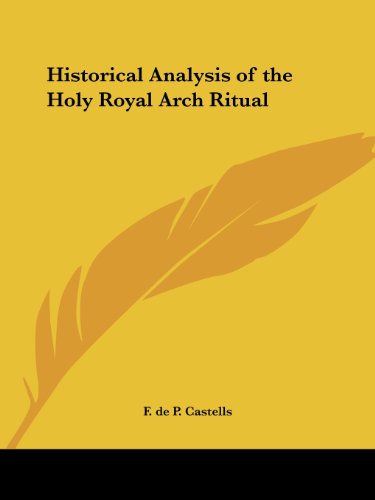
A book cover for Historical Analysis of the Holy Royal Arch Ritual; F. de P. Castells; Religion & Spirituality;